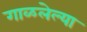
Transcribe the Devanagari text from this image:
गाळलेल्या